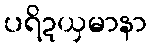
ပရိဍယှမာနာ